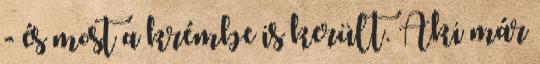
- és most a krémbe is került. Aki már